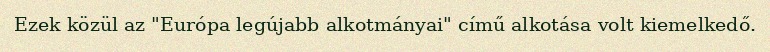
Ezek közül az "Európa legújabb alkotmányai" című alkotása volt kiemelkedő.